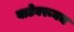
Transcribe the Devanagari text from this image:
वाटेवरूनच